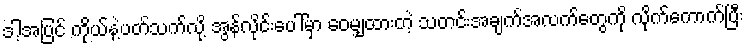
ဒါ့အပြင် ကိုယ်နဲ့ပတ်သက်လို့ အွန်လိုင်းပေါ်မှာ ဝေမျှထားတဲ့ သတင်းအချက်အလက်တွေကို လိုက်ကောက်ပြီး